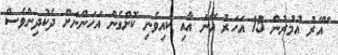
"އޭރު އުމުރުން 15 އަހަރު އޭނަ އާއި ކައިވެނި ކޮށްގެން އަހަންނަށް ދެކުދިންވެސް